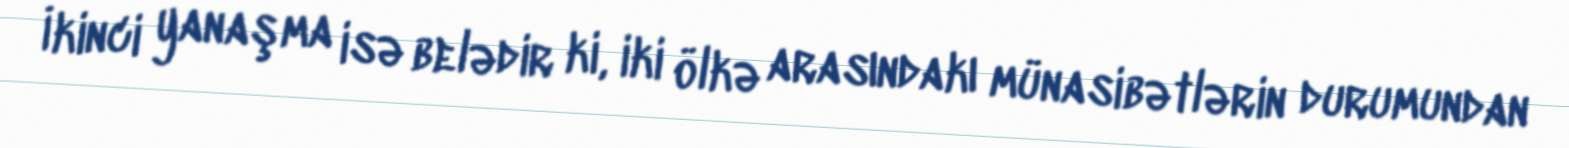
İkinci yanaşma isə belədir ki, iki ölkə arasındakı münasibətlərin durumundan